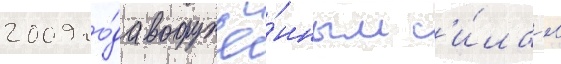
2009 го́да вооружё́нным с'и́лам